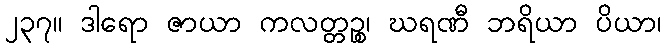
၂၃၇။ ဒါရော ဇာယာ ကလတ္တဉ္စ၊ ဃရဏီ ဘရိယာ ပိယာ၊